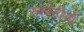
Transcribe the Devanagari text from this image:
स्कॉटीयों